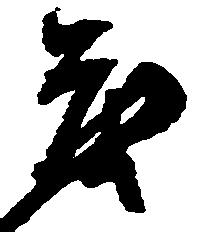
も